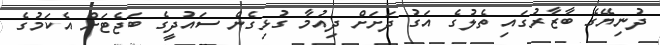
ދުނިޔޭގެ ބާޒާރުގައި ތެލުގެ އަގު ދަށަށް ދިއުމާ ގުޅިގެން ސައުދީގެ ބަޖެޓަށް އެކަމުގެ